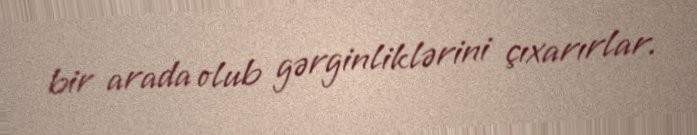
bir arada olub gərginliklərini çıxarırlar.